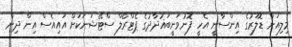
މިލިއަން ޑޮލަރުގެ އިންސާނީ އެހީ ފޮނުވަނީބަޣުދާދުގެ ޕެޓްރޯލް ސްޓޭޝަނަކަށް އައިއެސް އިން ދިން